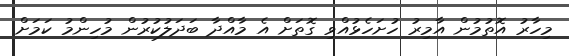
މިހާރު އޮތުމުން އާމިރު ހުށަހެޅުއްވި ގޮތަށް އެ މާއްދާ ބަދަލުކުރުން މުހިންމު ކަމަށް